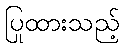
ပြုထားသည့်